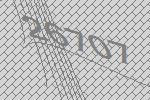
26707